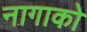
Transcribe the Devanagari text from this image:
नागाको